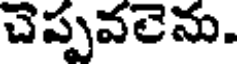
చెప్పవలెను.